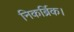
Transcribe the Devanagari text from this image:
निकर्ब्रिक।